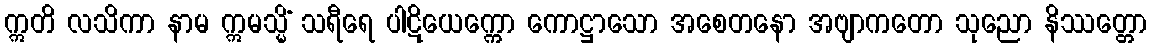
ဣတိ လသိကာ နာမ ဣမသ္မိံ သရီရေ ပါဋိယေက္ကော ကောဋ္ဌာသော အစေတနော အဗျာကတော သုညော နိဿတ္တော